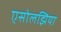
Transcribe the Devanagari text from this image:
एसोलझिया